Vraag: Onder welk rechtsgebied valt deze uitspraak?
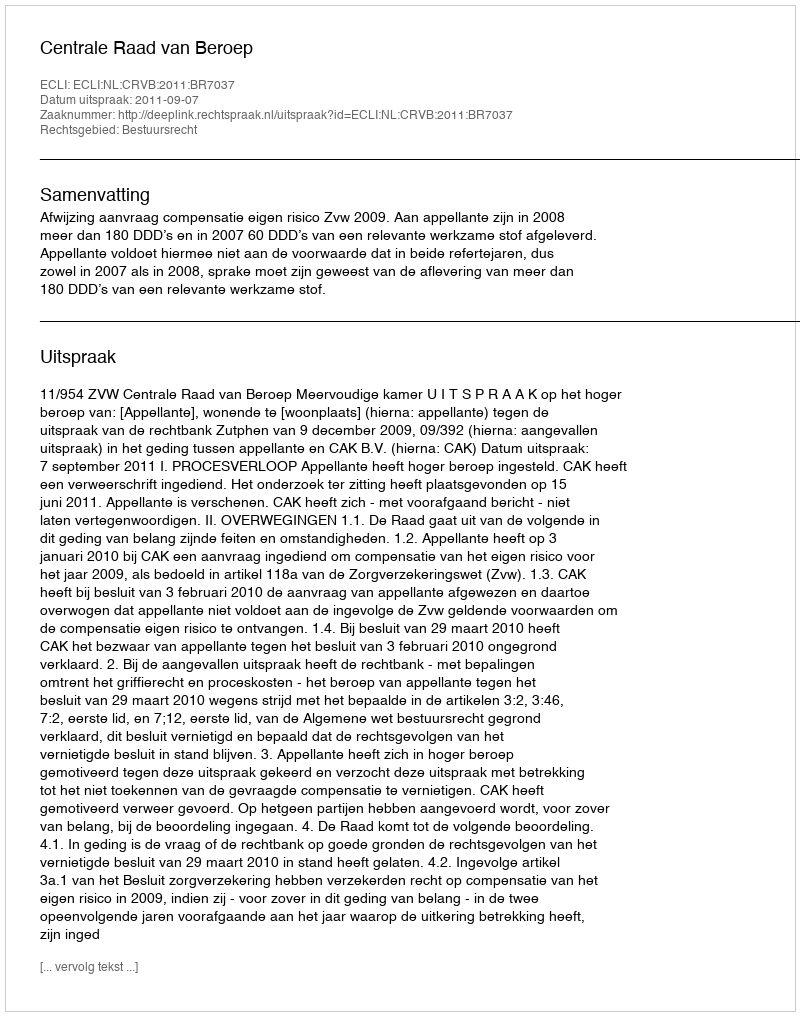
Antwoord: Bestuursrecht